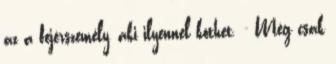
az a fejérszemély, aki ilyennel köthet. - Még csak